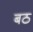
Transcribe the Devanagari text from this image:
बठ